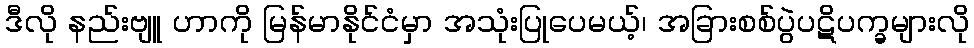
ဒီလို နည်းဗျူ ဟာကို မြန်မာနိုင်ငံမှာ အသုံးပြုပေမယ့်၊ အခြားစစ်ပွဲပဋိပက္ခများလို